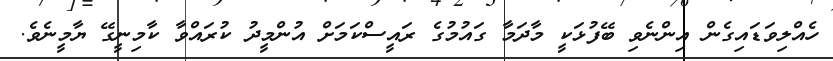
ހެއްލިވަޑައިގެން އިންނެވި ބޭފުޅަކީ މާދަމާ ގައުމުގެ ރައީސްކަމަށް އުންމީދު ކުރައްވާ ކާމިނީގޭ ޔާމީނެވެ.